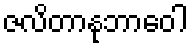
ဇလိတာနုဘာဝေါ